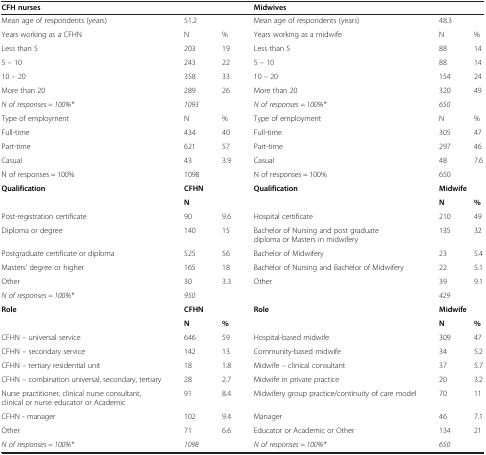
<table><thead><tr><td><b>CFH nurses</b></td><td colspan="2"><b> </b></td><td><b>Midwives</b></td><td colspan="2"><b> </b></td></tr></thead><tbody><tr><td>Mean age of respondents (years)</td><td colspan="2">51.2</td><td>Mean age of respondents (years)</td><td colspan="2">48.3</td></tr><tr><td>Years working as a CFHN</td><td>N</td><td>%</td><td>Years working as a midwife</td><td>N</td><td>%</td></tr><tr><td>Less than 5</td><td>203</td><td>19</td><td>Less than 5</td><td>88</td><td>14</td></tr><tr><td>5 – 10</td><td>243</td><td>22</td><td>5 – 10</td><td>88</td><td>14</td></tr><tr><td>10 – 20</td><td>358</td><td>33</td><td>10 – 20</td><td>154</td><td>24</td></tr><tr><td>More than 20</td><td>289</td><td>26</td><td>More than 20</td><td>320</td><td>49</td></tr><tr><td><i>N of responses = 100%*</i></td><td><i>1093</i></td><td> </td><td><i>N of responses = 100%*</i></td><td><i>650</i></td><td> </td></tr><tr><td>Type of employment</td><td>N</td><td>%</td><td>Type of employment</td><td>N</td><td>%</td></tr><tr><td>Full-time</td><td>434</td><td>40</td><td>Full-time</td><td>305</td><td>47</td></tr><tr><td>Part-time</td><td>621</td><td>57</td><td>Part-time</td><td>297</td><td>46</td></tr><tr><td>Casual</td><td>43</td><td>3.9</td><td>Casual</td><td>48</td><td>7.6</td></tr><tr><td>N of responses = 100%</td><td>1098</td><td> </td><td>N of responses = 100%</td><td>650</td><td> </td></tr><tr><td><b>Qualification</b></td><td colspan="2"><b>CFHN</b></td><td><b>Qualification</b></td><td colspan="2"><b>Midwife</b></td></tr><tr><td> </td><td><b>N</b></td><td> </td><td> </td><td><b>N</b></td><td><b>%</b></td></tr><tr><td>Post-registration certificate</td><td>90</td><td>9.6</td><td>Hospital certificate</td><td>210</td><td>49</td></tr><tr><td>Diploma or degree</td><td>140</td><td>15</td><td>Bachelor of Nursing and post graduate diploma or Masters in midwifery</td><td>135</td><td>32</td></tr><tr><td>Postgraduate certificate or diploma</td><td>525</td><td>56</td><td>Bachelor of Midwifery</td><td>23</td><td>5.4</td></tr><tr><td>Masters’ degree or higher</td><td>165</td><td>18</td><td>Bachelor of Nursing and Bachelor of Midwifery</td><td>22</td><td>5.1</td></tr><tr><td>Other</td><td>30</td><td>3.3</td><td>Other</td><td>39</td><td>9.1</td></tr><tr><td><i>N of responses = 100%*</i></td><td><i>950</i></td><td> </td><td> </td><td><i>429</i></td><td> </td></tr><tr><td><b>Role</b></td><td colspan="2"><b>CFHN</b></td><td><b>Role</b></td><td colspan="2"><b>Midwife</b></td></tr><tr><td> </td><td><b>N</b></td><td><b>%</b></td><td> </td><td><b>N</b></td><td><b>%</b></td></tr><tr><td>CFHN – universal service</td><td>646</td><td>59</td><td>Hospital-based midwife</td><td>309</td><td>47</td></tr><tr><td>CFHN – secondary service</td><td>142</td><td>13</td><td>Community-based midwife</td><td>34</td><td>5.2</td></tr><tr><td>CFHN – tertiary residential unit</td><td>18</td><td>1.8</td><td>Midwife – clinical consultant</td><td>37</td><td>5.7</td></tr><tr><td>CFHN – combination universal, secondary, tertiary</td><td>28</td><td>2.7</td><td>Midwife in private practice</td><td>20</td><td>3.2</td></tr><tr><td>Nurse practitioner, clinical nurse consultant, clinical or nurse educator or Academic</td><td>91</td><td>8.4</td><td>Midwifery group practice/continuity of care model</td><td>70</td><td>11</td></tr><tr><td>CFHN - manager</td><td>102</td><td>9.4</td><td>Manager</td><td>46</td><td>7.1</td></tr><tr><td>Other</td><td>71</td><td>6.6</td><td>Educator or Academic or Other</td><td>134</td><td>21</td></tr><tr><td><i>N of responses = 100%*</i></td><td><i>1098</i></td><td> </td><td><i>N of responses = 100%*</i></td><td><i>650</i></td><td> </td></tr></tbody></table>